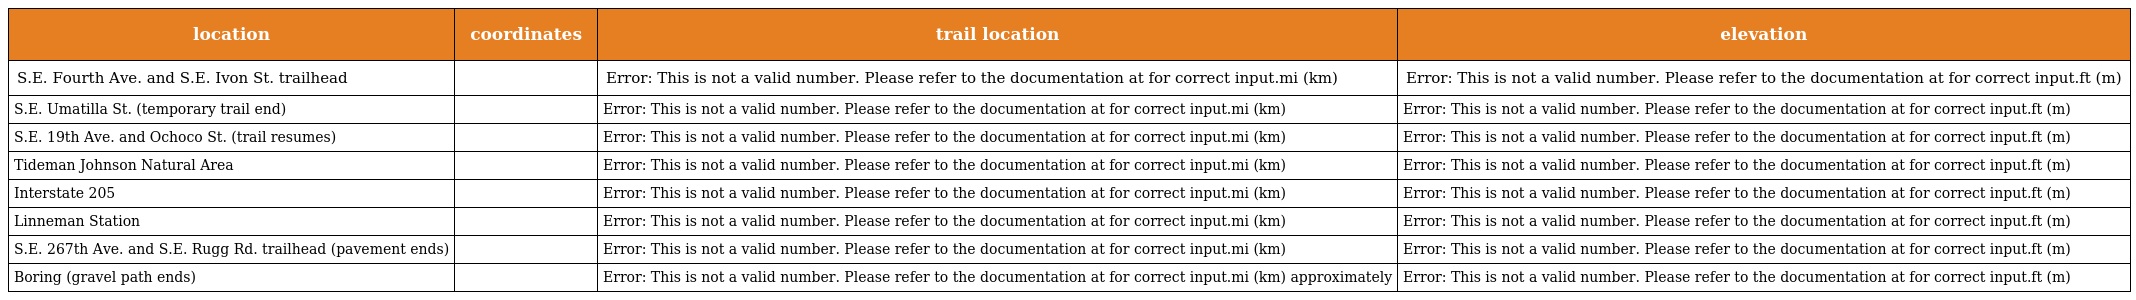
| location | coordinates | trail location | elevation |
 | --- | --- | --- | --- |
 | S.E. Fourth Ave. and S.E. Ivon St. trailhead |  | Error: This is not a valid number. Please refer to the documentation at for correct input.mi (km) | Error: This is not a valid number. Please refer to the documentation at for correct input.ft (m) |
 | S.E. Umatilla St. (temporary trail end) |  | Error: This is not a valid number. Please refer to the documentation at for correct input.mi (km) | Error: This is not a valid number. Please refer to the documentation at for correct input.ft (m) |
 | S.E. 19th Ave. and Ochoco St. (trail resumes) |  | Error: This is not a valid number. Please refer to the documentation at for correct input.mi (km) | Error: This is not a valid number. Please refer to the documentation at for correct input.ft (m) |
 | Tideman Johnson Natural Area |  | Error: This is not a valid number. Please refer to the documentation at for correct input.mi (km) | Error: This is not a valid number. Please refer to the documentation at for correct input.ft (m) |
 | Interstate 205 |  | Error: This is not a valid number. Please refer to the documentation at for correct input.mi (km) | Error: This is not a valid number. Please refer to the documentation at for correct input.ft (m) |
 | Linneman Station |  | Error: This is not a valid number. Please refer to the documentation at for correct input.mi (km) | Error: This is not a valid number. Please refer to the documentation at for correct input.ft (m) |
 | S.E. 267th Ave. and S.E. Rugg Rd. trailhead (pavement ends) |  | Error: This is not a valid number. Please refer to the documentation at for correct input.mi (km) | Error: This is not a valid number. Please refer to the documentation at for correct input.ft (m) |
 | Boring (gravel path ends) |  | Error: This is not a valid number. Please refer to the documentation at for correct input.mi (km) approximately | Error: This is not a valid number. Please refer to the documentation at for correct input.ft (m) |